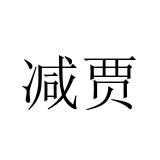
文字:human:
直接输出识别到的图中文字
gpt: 减贾